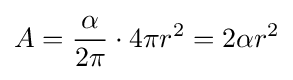
A={\frac {\alpha }{2\pi }}\cdot 4\pi r^{2}=2\alpha r^{2}